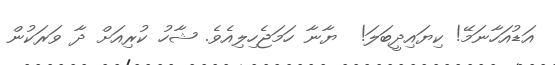
އަޑުއަހާނަމޭ! ކިޔައިދީބަލަ!  ޔާނާ ހަމަޖެހިލިއެވެ. ޝާހު ކުރިއަށް ދާ ވަރަކުން